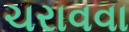
ચરાવવા